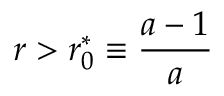
r > r _ { 0 } ^ { * } \equiv \frac { a - 1 } { a }